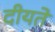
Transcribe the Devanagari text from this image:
दीयते